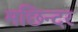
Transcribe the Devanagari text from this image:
मछिन्दर